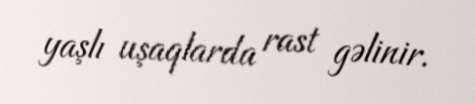
yaşlı uşaqlarda rast gəlinir.